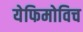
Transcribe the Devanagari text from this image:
येफिमोविच